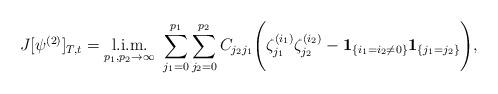
LaTeX: \begin{align*}J[\psi^{(2)}]_{T,t}=\hbox{\vtop{\offinterlineskip\halign{\hfil#\hfil\cr{\rm l.i.m.}\cr$\stackrel{}{{}_{p_1,p_2\to \infty}}$\cr}} }\sum_{j_1=0}^{p_1}\sum_{j_2=0}^{p_2}C_{j_2j_1}\Biggl(\zeta_{j_1}^{(i_1)}\zeta_{j_2}^{(i_2)}-{\bf 1}_{\{i_1=i_2\ne 0\}}{\bf 1}_{\{j_1=j_2\}}\Biggr),\end{align*}